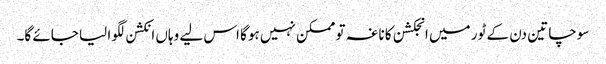
سوچا تین دن کے ٹور میں انجکشن کا ناغہ تو ممکن نہیں ہوگا اس لیے وہاں انکشن لگوا لیا جائے گا۔